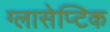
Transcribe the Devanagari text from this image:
ग्लासेप्टिक